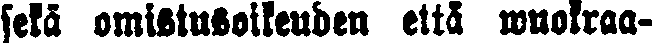
sekä omistusoikeuden että wuokraa-